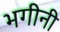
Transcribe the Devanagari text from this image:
भगीनी